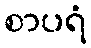
စာပရံ